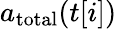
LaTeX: a_{\mathrm{total}}(t[i])